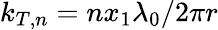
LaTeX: k_{T,n}=nx_{1}\lambda_{0}/2\pi r